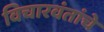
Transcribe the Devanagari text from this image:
विचारवंतांचे